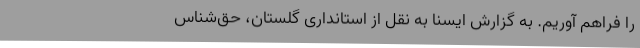
را فراهم آوریم. به گزارش ایسنا به نقل از استانداری گلستان، حق‌شناس